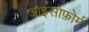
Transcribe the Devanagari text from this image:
आइसोफ़ोर्म